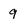
Character: 9